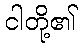
ငါတို့၏